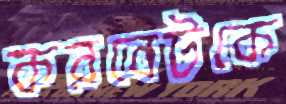
করবেটকে